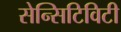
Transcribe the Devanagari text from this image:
सेन्सिटिविटी